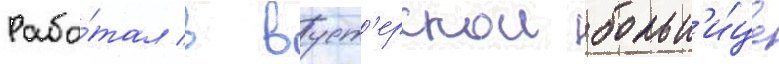
Рабо́тал в вуст'ерскои больн'и́це